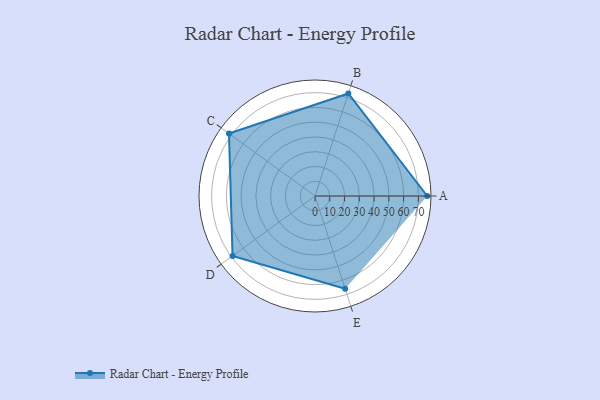
{"axis": {"x": "Skill", "y": "Score"}, "legend": ["Profile"], "data": [{"x": "A", "y": 76.0, "type": "Profile"}, {"x": "B", "y": 73.0, "type": "Profile"}, {"x": "C", "y": 72.0, "type": "Profile"}, {"x": "D", "y": 69.0, "type": "Profile"}, {"x": "E", "y": 66.0, "type": "Profile"}]}